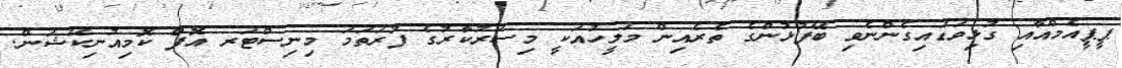
ޕީޕީއެމްއާއި ގުޅިވަޑައިގެންނެވި ބޭފުޅުންގެ ތެރެއިން މަލީހުއަކީ މިސަރުކާރުގެ ފުރަތަމަ މިނިސްޓަރ އޮފް ކޮމިއުނިކޭޝަން